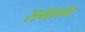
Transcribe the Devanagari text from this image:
समान्न